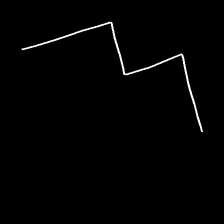
Glyph: crush